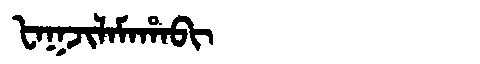
Manchu: ᡶᠠᡴᠵᡳᠯᠠᠮᠠᡥᠠᠪᡳ
Romanization: FAKJILAMAHABI